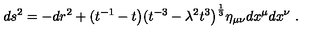
d s ^ { 2 } = - d r ^ { 2 } + ( t ^ { - 1 } - t \big ) ( t ^ { - 3 } - \lambda ^ { 2 } t ^ { 3 } \big ) ^ { \frac { 1 } { 3 } } \eta _ { \mu \nu } d x ^ { \mu } d x ^ { \nu } \ .